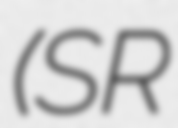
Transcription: (SR